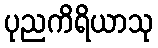
ပုညကိရိယာသု